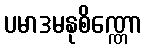
ပမာဒမနုစိဏ္ဏော